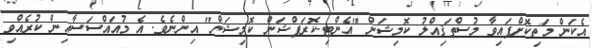
އެކަން މަތިކޮށްފައިވާ މުސްތަޤިއްލު ކޮމިޝަން "އެންޓި-ކޮރަޕްޝަން ކޮމިޝަން" އިންނެވެ. އެ މުއައްސަސާއިން ކުރެއްވި